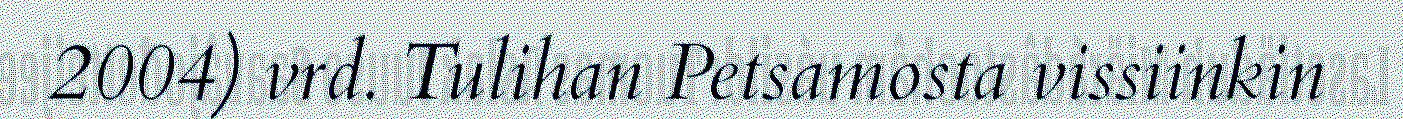
2004) vrd. Tulihan Petsamosta vissiinkin